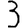
Digit: 3